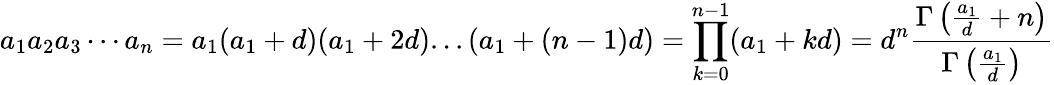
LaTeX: a_{1}a_{2}a_{3}\cdots a_{n}=a_{1}(a_{1}+d)(a_{1}+2d)...(a_{1}+(n-1)d)=\prod_{k=0}^{n-1}(a_{1}+kd)=d^{n}{\frac{\Gamma\left({\frac{a_{1}}{d}}+n\right)}{\Gamma\left({\frac{a_{1}}{d}}\right)}}